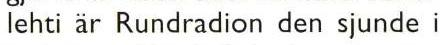
lehti är Rundradion den sjunde i